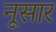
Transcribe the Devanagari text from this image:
नूसार